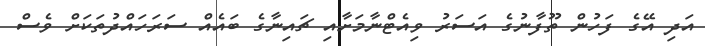
އަދި އޭގެ ފަހުން ތޫފާނުގެ އަސަރު ވިއެޓްނާމަށާއި ޗައިނާގެ ބައެއް ސަރަހައްދުތަކަށް ވެސް